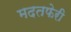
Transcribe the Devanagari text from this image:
मदतफेरी